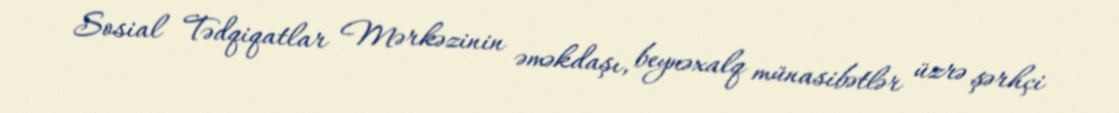
Sosial Tədqiqatlar Mərkəzinin əməkdaşı, beynəxalq münasibətlər üzrə şərhçi